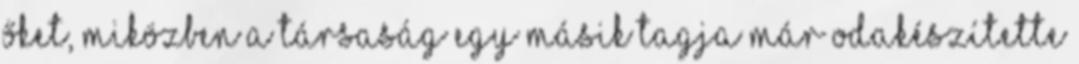
őket, miközben a társaság egy másik tagja már odakészítette